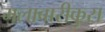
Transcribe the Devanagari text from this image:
मलाबारीकुस